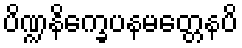
ပိဏ္ဍနိက္ခေပနမတ္တေနပိ